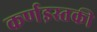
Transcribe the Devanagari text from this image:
कर्णइस्तकी